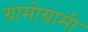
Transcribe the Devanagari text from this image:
ग्रामोग्रामी